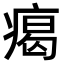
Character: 𤸎